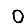
Digit: 0